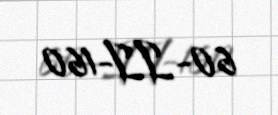
60-II-160